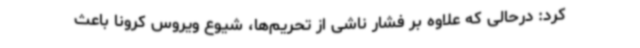
کرد: درحالی که علاوه بر فشار ناشی از تحریم‌ها، شیوع ویروس کرونا باعث